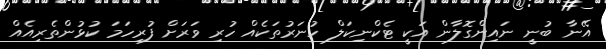
އޭނާ ބުނީ ނައިންގޮލާން އަކީ ޓެކްނިކަލް ހުނަރުތަކެއް ހުރި ވަރަށް ފުރިހަމަ ކުޅުންތެރިއެއް